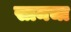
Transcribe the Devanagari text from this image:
सामचा